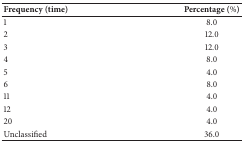
<table><thead><tr><td><b>Frequency (time)</b></td><td><b>Percentage (%)</b></td></tr></thead><tbody><tr><td>1</td><td>8.0</td></tr><tr><td>2</td><td>12.0</td></tr><tr><td>3</td><td>12.0</td></tr><tr><td>4</td><td>8.0</td></tr><tr><td>5</td><td>4.0</td></tr><tr><td>6</td><td>8.0</td></tr><tr><td>11</td><td>4.0</td></tr><tr><td>12</td><td>4.0</td></tr><tr><td>20</td><td>4.0</td></tr><tr><td>Unclassified</td><td>36.0</td></tr></tbody></table>